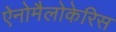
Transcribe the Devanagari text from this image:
ऐनोमैलोकेरिस